Annual report of the Madras Medical College
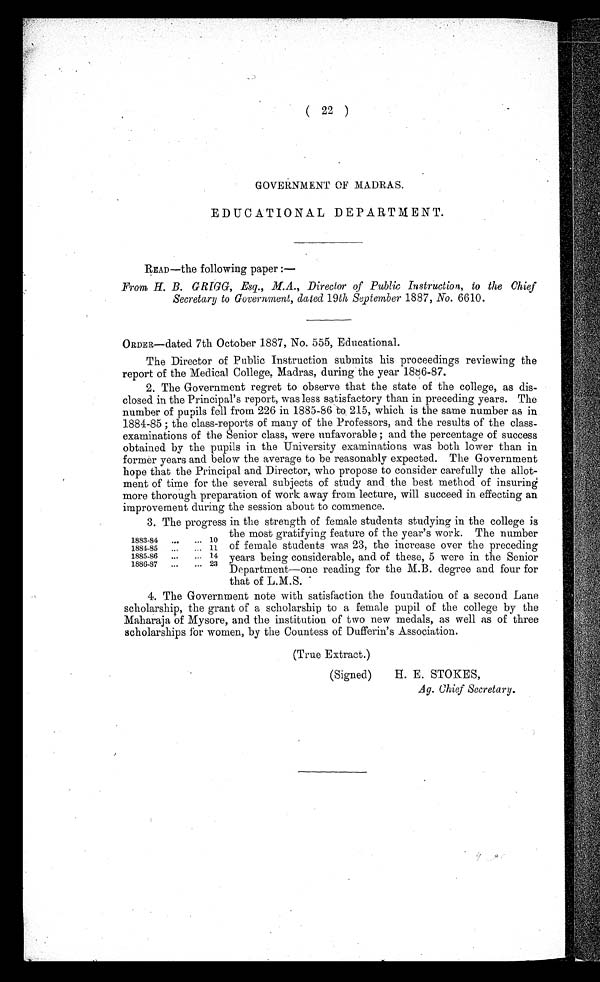
( 22 )
GOVERNMENT OF MADRAS.
EDUCATIONAL DEPARTMENT.
READ—the following paper :—
From H. B. GRIGG, Esq., M.A., Director of Public Instruction, to the Chief
Secretary to Government, dated 19th September 1887, No. 6610.
ORDER—dated 7th October 1887, No. 555, Educational.
The Director of Public Instruction submits his proceedings reviewing the
report of the Medical College, Madras, during the year 1886-87.
2. The Government regret to observe that the state of the college, as dis-
closed in the Principal's report, was less satisfactory than in preceding years. The
number of pupils fell from 226 in 1885-86 to 215, which is the same number as in
1884-85; the class-reports of many of the Professors, and the results of the class
-examinations of the Senior class, were unfavorable; and the percentage of success
obtained by the pupils in the University examinations was both lower than in
former years and below the average to be reasonably expected. The Government
hope that the Principal and Director, who propose to consider carefully the allot-
ment of time for the several subjects of study and the best method of insuring
more thorough preparation of work away from lecture, will succeed in effecting an
i m p r o v e m e n t d u r i n g t h e s e s s i o n a b o u t t o c o m m e n c e .
3. The progress in the strength of female students studying in the college is
the most gratifying feature of the year's work. The number
of female students was 23, the increase over the preceding
years being considerable, and of these, 5 were in the Senior
Department—one reading for the M.B. degree and four for
that of L.M.S.
4. The Government note with satisfaction the foundation of a second Lane
scholarship, the grant of a scholarship to a female pupil of the college by the
Maharaja of Mysore, and the institution of two new medals, as well as of three
scholarships for women, by the Countess of Dufferin's Association.
(True Extract.)
1883-84
...
...
10
1884-85
...
... 11
1885-86
...
... 14
1886-87
...
... 23
(Signed)
H. E. STOKES,
Ag. Chief Secretary.